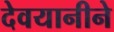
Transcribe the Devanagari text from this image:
देवयानीने